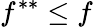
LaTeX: f^{**}\leq f